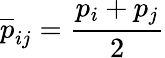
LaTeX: \overline{{{p}}}_{ij}=\frac{p_{i}+p_{j}}{2}